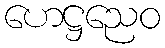
ဟေဋ္ဌညေဝ